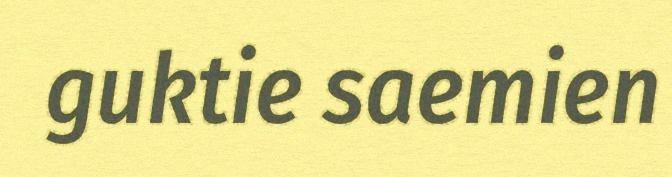
guktie saemien